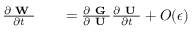
\begin{array} { r l r } { \frac { \partial \textbf { W } } { \partial t } } & { { } } & { = \frac { \partial \textbf { G } } { \partial \textbf { U } } \frac { \partial \textbf { U } } { \partial t } + O ( \epsilon ) } \end{array}